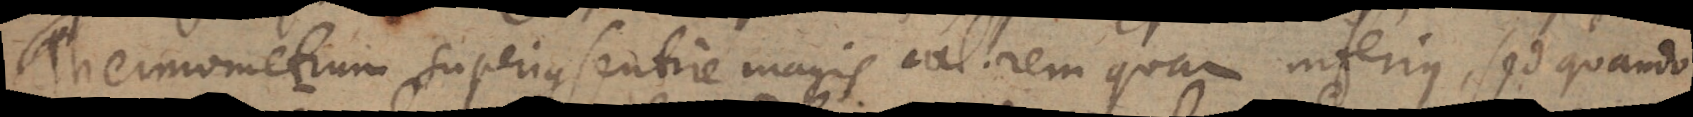
Thermometrum superius sentire magis calorem quam inferius, sed quando